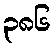
၃၈၆